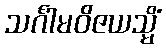
သင်္ဂါမဝိဇယသ္မိံ